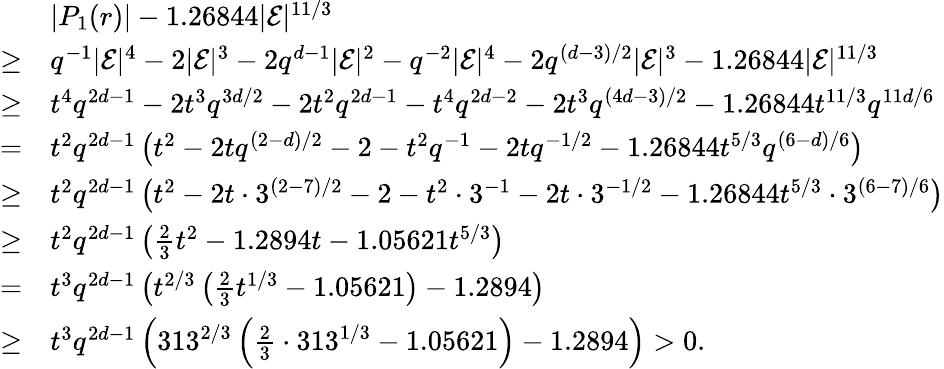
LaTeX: \begin{array}{rl}&{|P_{1}(r)|-1.26844|\mathcal{E}|^{11/3}}\\ {\geq}&{q^{-1}|\mathcal{E}|^{4}-2|\mathcal{E}|^{3}-2q^{d-1}|\mathcal{E}|^{2}-q^{-2}|\mathcal{E}|^{4}-2q^{(d-3)/2}|\mathcal{E}|^{3}-1.26844|\mathcal{E}|^{11/3}}\\ {\geq}&{t^{4}q^{2d-1}-2t^{3}q^{3d/2}-2t^{2}q^{2d-1}-t^{4}q^{2d-2}-2t^{3}q^{(4d-3)/2}-1.26844t^{11/3}q^{11d/6}}\\ {=}&{t^{2}q^{2d-1}\left(t^{2}-2tq^{(2-d)/2}-2-t^{2}q^{-1}-2tq^{-1/2}-1.26844t^{5/3}q^{(6-d)/6}\right)}\\ {\geq}&{t^{2}q^{2d-1}\left(t^{2}-2t\cdot 3^{(2-7)/2}-2-t^{2}\cdot 3^{-1}-2t\cdot 3^{-1/2}-1.26844t^{5/3}\cdot 3^{(6-7)/6}\right)}\\ {\geq}&{t^{2}q^{2d-1}\left(\frac{2}{3}t^{2}-1.2894t-1.05621t^{5/3}\right)}\\ {=}&{t^{3}q^{2d-1}\left(t^{2/3}\left(\frac{2}{3}t^{1/3}-1.05621\right)-1.2894\right)}\\ {\geq}&{t^{3}q^{2d-1}\left(313^{2/3}\left(\frac{2}{3}\cdot 313^{1/3}-1.05621\right)-1.2894\right)>0.}\end{array}